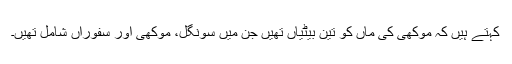
کہتے ہیں کہ موکھی کی ماں کو تین بیٹیاں تھیں جن میں سونگل، موکھی اور سفوراں شامل تھیں۔